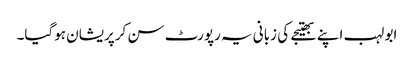
ابو لہب اپنے بھتیجے کی زبانی یہ رپورٹ سن کرپریشان ہوگیا۔